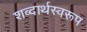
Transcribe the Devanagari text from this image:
शब्दार्थस्वरूप